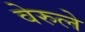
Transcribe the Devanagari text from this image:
वेरुले